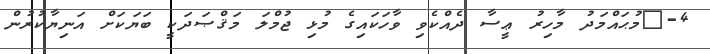
4-	މުޙައްމަދު މާހިރު ޢީސާ ދެއްކެވި ވާހަކައިގެ މުޅި ޖުމްލަ މަޤްޞަދަކީ ބަޔަކަށް އަނިޔާކުރުން